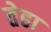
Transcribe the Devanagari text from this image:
तेढा